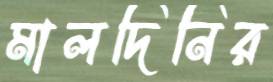
মালদিনির